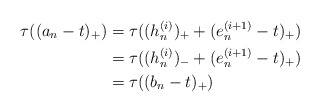
\begin{align*}\tau((a_n-t)_+) &=\tau( (h_{n}^{(i)})_+ + (e_{n}^{(i+1)}-t)_+ )\\&=\tau((h_{n}^{(i)})_-+ (e_{n}^{(i+1)}-t)_+)\\&=\tau((b_n-t)_+)\end{align*}